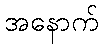
အနောက်